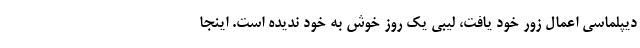
دیپلماسی اعمالِ زور خود یافت، لیبی یک روز خوش به خود ندیده است. اینجا